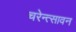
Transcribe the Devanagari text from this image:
चरेन्त्सावन